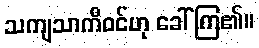
သကျသာကီဝင်ဟု ခေါ်ကြ၏။